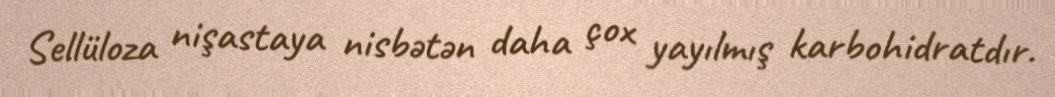
Sellüloza nişastaya nisbətən daha çox yayılmış karbohidratdır.